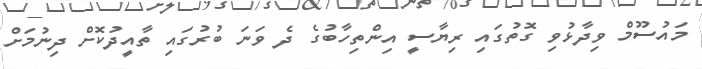
މައުސޫމް ވިދާޅުވި ގޮތުގައި ރިޔާސީ އިންތިހާބުގެ ދެ ވަނަ ބުރުގައި ތާއީދުކޮށް ދިނުމަށް